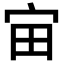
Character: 𪧈